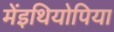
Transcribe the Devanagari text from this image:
मेंइथियोपिया